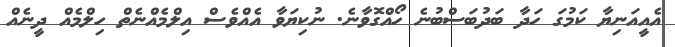
އެއީއަނިޔާ ކަމުގަ ހަދާ ބަދުބަސްބުނެ ހޯއްގޮވާނެ. ނުކިޔަވާ އެއްވެސް އިލްމެއްނެތް ހިލްމެއް ދީނެއް